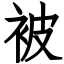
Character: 被